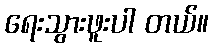
ရေးသွားဖူးပါ တယ်။